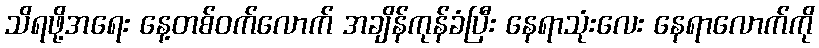
သိရဖို့အရေး နေ့တစ်ဝက်လောက် အချိန်ကုန်ခံပြီး နေရာသုံးလေး နေရာလောက်ကို